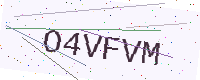
Text: O4VFVM